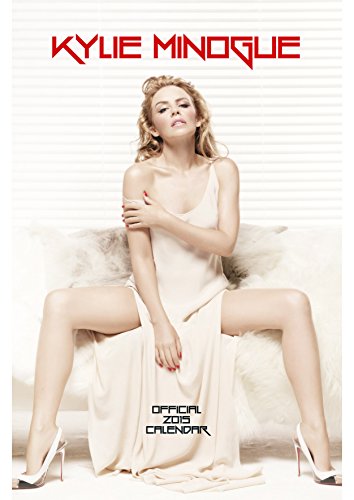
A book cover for Official Kylie 2015 Calendar; Calendars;